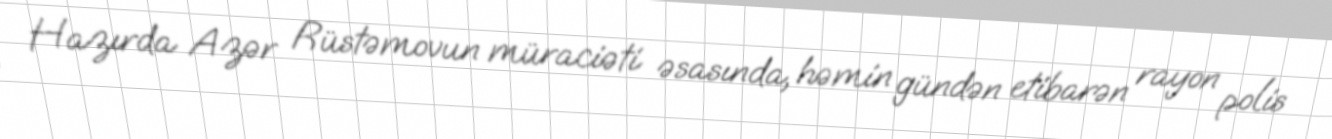
Hazırda Azər Rüstəmovun müraciəti əsasında, həmin gündən etibarən rayon polis